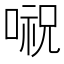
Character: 𠺷